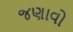
જણાવો